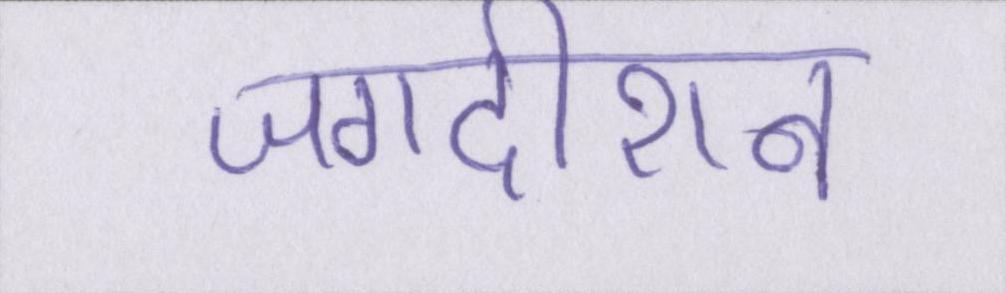
जगदीशन